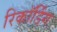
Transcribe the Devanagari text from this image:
रिकॉर्डिंग